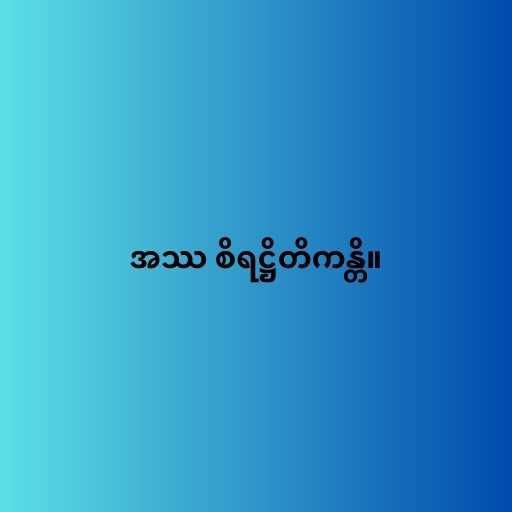
အဿ စိရဋ္ဌိတိကန္တိ။